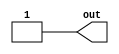
module top_module (
    output wire out
);
    assign out = 1'b1;
endmodule